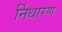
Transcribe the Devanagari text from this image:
र्निधारण